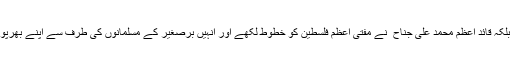
صرف بات یہاں تک باقی نہیں تھی بلکہ قائد اعظم محمد علی جناح ؒ نے مفتی اعظم فلسطین کو خطوط لکھے اور انہیں برصغیر کے مسلمانوں کی طرف سے اپنے بھرپور تعاون کی یقین دہانی کروائی تھی۔